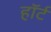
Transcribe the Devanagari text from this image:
हाॅर्ट